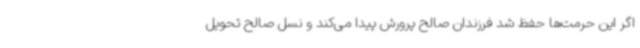
اگر این حرمت‌ها حفظ شد فرزندان صالح پرورش پیدا می‌کند و نسل صالح تحویل